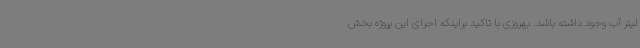
لیتر آب وجود داشته باشد. بهروزی با تاکید براینکه اجرای این پروژه بخش